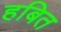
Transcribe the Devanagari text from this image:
हबित